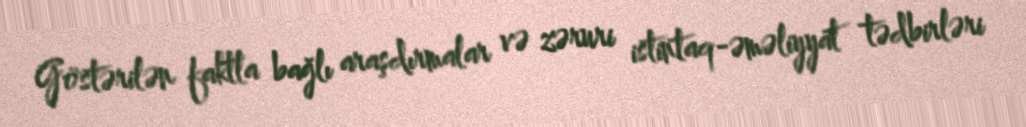
Göstərilən faktla bağlı araşdırmalar və zəruri istintaq-əməliyyat tədbirləri